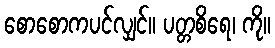
စောစောကပင်လျှင်။ ပတ္တစိရေ၊ ကို။